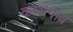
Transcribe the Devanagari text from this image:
कासेगाव